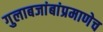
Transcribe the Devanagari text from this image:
गुलाबजांबांप्रमाणेच